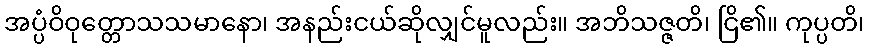
အပ္ပံဝိဝုတ္တောသသမာနော၊ အနည်းငယ်ဆိုလျှင်မူလည်း။ အဘိသဇ္ဇတိ၊ ငြိ၏။ ကုပ္ပတိ၊